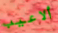
ألاعيب